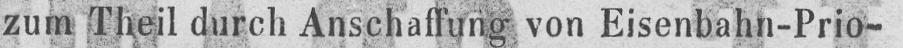
zum Theil durch Anschaffung von Eisenbahn-Prio-